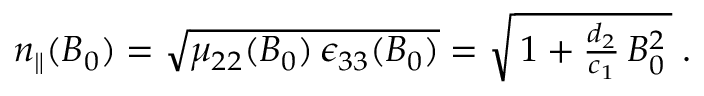
\begin{array} { r } { n _ { \parallel } ( B _ { 0 } ) = \sqrt { \mu _ { 2 2 } ( B _ { 0 } ) \, \epsilon _ { 3 3 } ( B _ { 0 } ) } = \sqrt { \, 1 + \frac { d _ { 2 } } { c _ { 1 } } \, B _ { 0 } ^ { 2 } \, } \; . } \end{array}